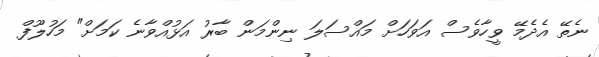
ނެތޭ އެދެމޭ ވީހާވެސް އަވަހަށް މައްސަލަ ނިންމަން ބާރު އަޅުއްވާނެ ކަމަށް" މަހުލޫފް